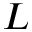
L